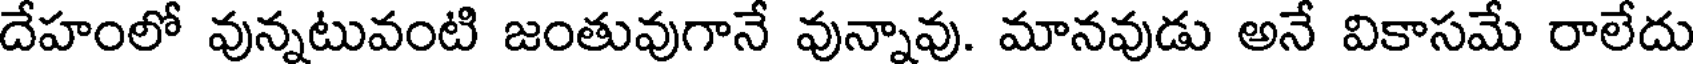
దేహంలో వున్నటువంటి జంతువుగానే వున్నావు. మానవుడు అనే వికాసమే రాలేదు